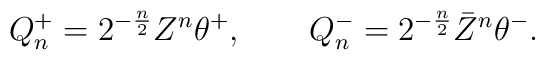
Q_n^+=2^{-\frac n2}Z^n\theta^+,\qquad Q_n^-=2^{-\frac n2}\bar Z^n\theta^-.